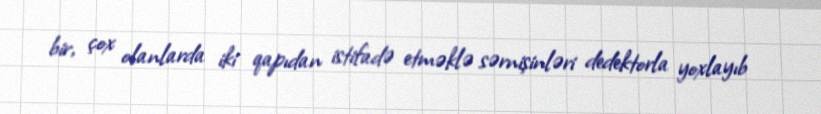
bir, çox olanlarda iki qapıdan istifadə etməklə sərnişinləri dedektorla yoxlayıb